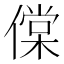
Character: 㒉